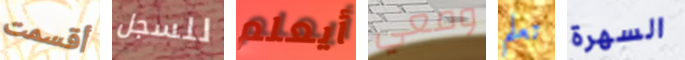
أقسمت للسجل أيعلم ومعي تعلم السهرة